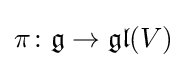
\pi \colon {\mathfrak {g}}\to {\mathfrak {gl}}(V)